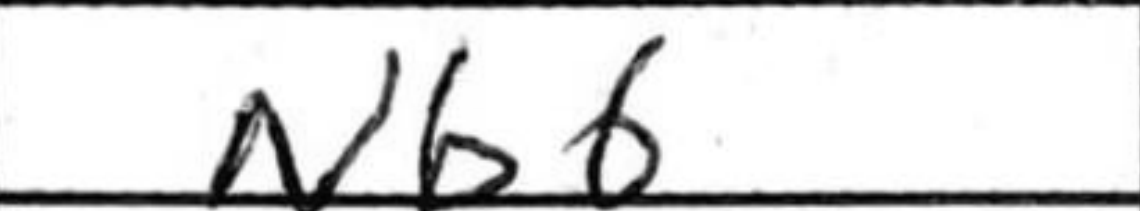
Transcription: Nb6